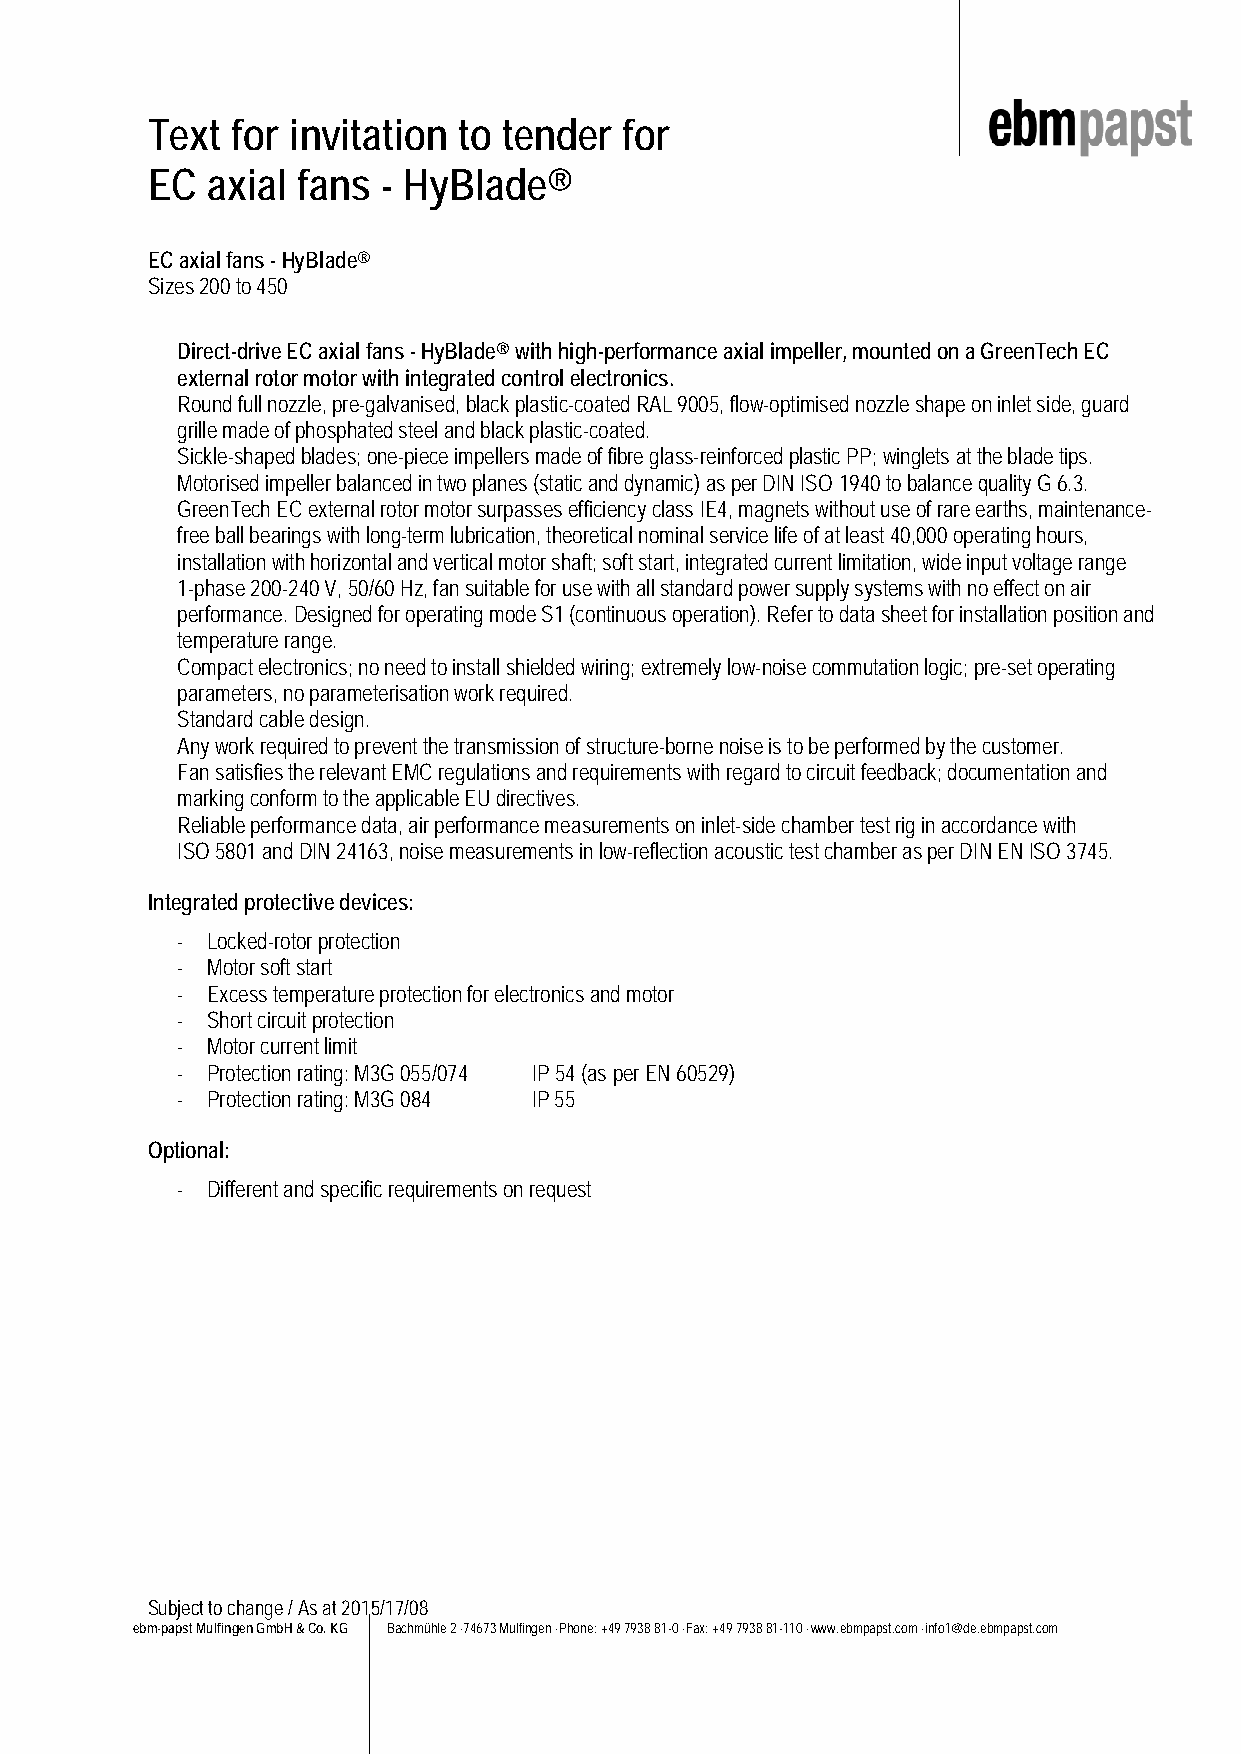
Text for invitation to tender  for
 EC  axial fans - HyBlade®
 EC axial fans - HyBlade®
 Sizes 200 to 450
 Direct-drive EC axial fans - HyBlade® with high-performance axial impeller, mounted on a GreenTech EC
 external rotor motor with integrated control electronics.
 Round full nozzle, pre-galvanised, black plastic-coated RAL 9005, flow-optimised nozzle shape on inlet side, guard
 grille made of phosphated steel and black plastic-coated.
 Sickle-shaped blades; one-piece impellers made of fibre glass-reinforced plastic PP; winglets at the blade tips.
 Motorised impeller balanced in two planes (static and dynamic) as per DIN ISO 1940 to balance quality G 6.3.
 GreenTech EC external rotor motor surpasses efficiency class IE4, magnets without use of rare earths, maintenance-
 free ball bearings with long-term lubrication, theoretical nominal service life of at least 40,000 operating hours,
 installation with horizontal and vertical motor shaft; soft start, integrated current limitation, wide input voltage range
 1-phase 200-240 V, 50/60 Hz, fan suitable for use with all standard power supply systems with no effect on air
 performance. Designed for operating mode S1 (continuous operation). Refer to data sheet for installation position and
 temperature range.
 Compact electronics; no need to install shielded wiring; extremely low-noise commutation logic; pre-set operating
 parameters, no parameterisation work required.
 Standard cable design.
 Any work required to prevent the transmission of structure-borne noise is to be performed by the customer.
 Fan satisfies the relevant EMC regulations and requirements with regard to circuit feedback; documentation and
 marking conform to the applicable EU directives.
 Reliable performance data, air performance measurements on inlet-side chamber test rig in accordance with
 ISO 5801 and DIN 24163, noise measurements in low-reflection acoustic test chamber as per DIN EN ISO 3745.
 Integrated protective devices:
 - Locked-rotor protection
 - Motor soft start
 - Excess temperature protection for electronics and motor
 - Short circuit protection
 - Motor current limit
 - Protection rating: M3G 055/074 IP 54 (as per EN 60529)
 - Protection rating: M3G 084 IP 55
 Optional:
 - Different and specific requirements on request
 Subject to change / As at 2015/17/08
 ebm-papst Mulfingen GmbH & Co. KG Bachmühle 2 ·74673 Mulfingen ·Phone: +49 7938 81-0 ·Fax: +49 7938 81-110 ·www.ebmpapst.com ·info1@de.ebmpapst.com